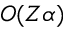
O ( Z \alpha )